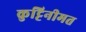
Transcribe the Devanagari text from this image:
कुट्टिनीमत